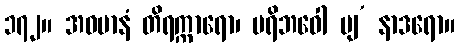
၁၇၂။ အဝမာနံ တိရက္ကာရော၊ ပရိဘဝေါ ပျ’ နာဒရော။